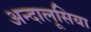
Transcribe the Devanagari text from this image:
अन्दालूसिया